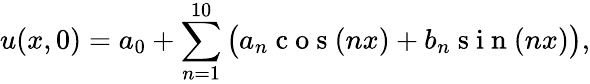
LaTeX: u(x,0)=a_{0}+\sum_{n=1}^{10}\big(a_{n}\mathrm{~c~o~s~}(nx)+b_{n}\mathrm{~s~i~n~}(nx)\big),